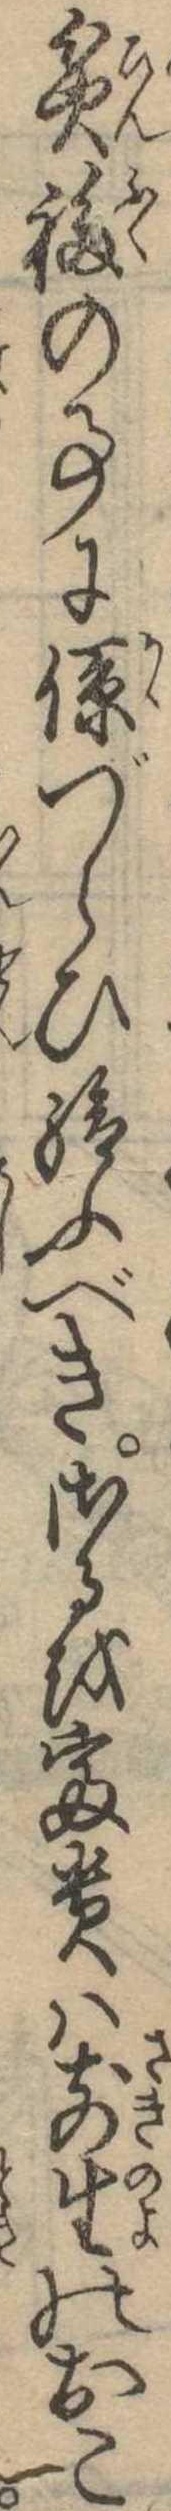
貧福の事に係づらひ給ふべきさるを富貴は前生のおこ